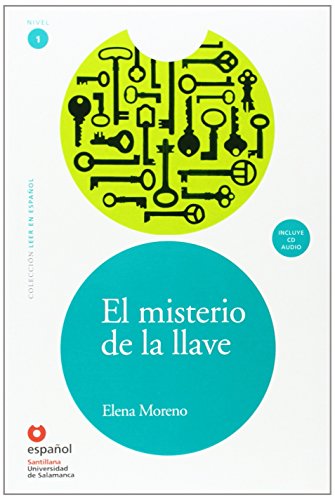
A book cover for El misterio de la llave(Libro +CD) Leer En Espanol Level 1 (Spanish Edition); Elsa Moreno; Teen & Young Adult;